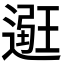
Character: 𨕿